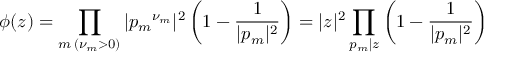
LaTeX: \phi ( z ) = \prod _ { m \, ( \nu _ { m } > 0 ) } | { p _ { m } } ^ { \nu _ { m } } | ^ { 2 } \left( 1 - { \frac { 1 } { | p _ { m } | ^ { 2 } } } \right) = | z | ^ { 2 } \prod _ { p _ { m } | z } \left( 1 - { \frac { 1 } { | p _ { m } | ^ { 2 } } } \right)